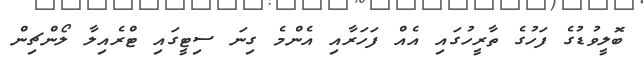
ބޮލީވުޑުގެ ފަހުގެ ތާރީހުގައި އެއް ފަހަރާއި އެންމެ ގިނަ ސިޓީގައި ޓްރެއިލާ ލޯންޗިން